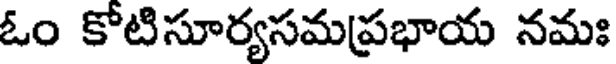
ఓం కోటిసూర్యసమప్రభాయ నమః